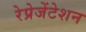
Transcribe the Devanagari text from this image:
रेप्रेजेंटेशन